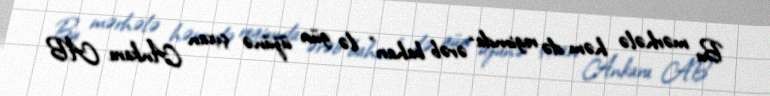
Bu mərhələ həm də regionda “ərəb baharı” ilə gün üzünə çıxan Ankara AB